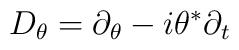
D_{\theta} = \partial_{\theta} - i \theta^{\ast} \partial_t